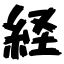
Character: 経